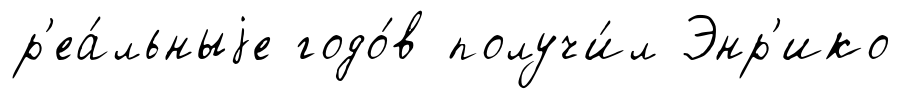
р'еа́льныjе годо́в получи́л Энр'ико